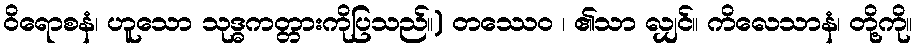
ဝိရောစနံ၊ ဟူသော သုဒ္ဓကတ္တားကိုပြသည်။) တဿေဝ ၊ ၏သာ လျှင်။ ကိလေသာနံ၊ တို့ကို။